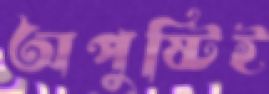
অপুষ্টিই